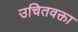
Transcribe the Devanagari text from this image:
उचितवक्ता